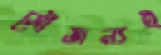
সৌজন্যই